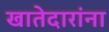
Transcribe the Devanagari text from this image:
खातेदारांना